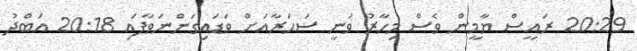
20:29 ރައީސް ޔާމީން ވެސް މިހާރު ވަނީ ސަހަރާއަށް ވަޑައިގަންނަވާފައި 20:18 އަބްދު